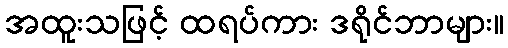
အထူးသဖြင့် ထရပ်ကား ဒရိုင်ဘာများ။